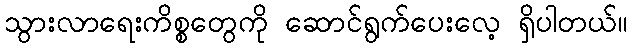
သွားလာရေးကိစ္စတွေကို ဆောင်ရွက်ပေးလေ့ ရှိပါတယ်။